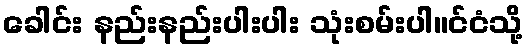
ခေါင်း နည်းနည်းပါးပါး သုံးစမ်းပါ။င်ငံသို့